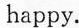
happy.